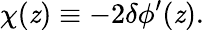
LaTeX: \chi(\mathit{z})\equiv-2\delta\phi^{\prime}(\mathit{z}).